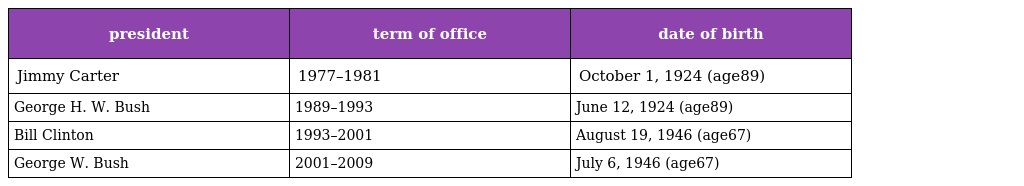
| president | term of office | date of birth |
 | --- | --- | --- |
 | Jimmy Carter | 1977–1981 | October 1, 1924 (age89) |
 | George H. W. Bush | 1989–1993 | June 12, 1924 (age89) |
 | Bill Clinton | 1993–2001 | August 19, 1946 (age67) |
 | George W. Bush | 2001–2009 | July 6, 1946 (age67) |